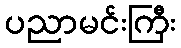
ပညာမင်းကြီး